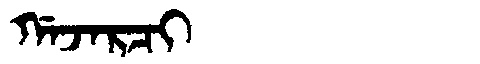
Manchu: ᡤᠠᠵᠠᡵᠴᡳ
Romanization: GAJARCI